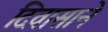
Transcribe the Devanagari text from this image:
दिवासाने